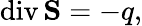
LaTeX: \mathrm{div}\, \mathbf{S}=-q,